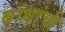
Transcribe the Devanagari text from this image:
बांधांची